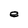
Character: e